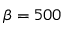
\beta = 5 0 0